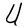
Character: U